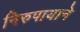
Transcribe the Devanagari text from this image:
निरुपायाने